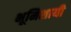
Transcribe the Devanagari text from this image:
भूमिशायी